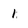
Character: 1